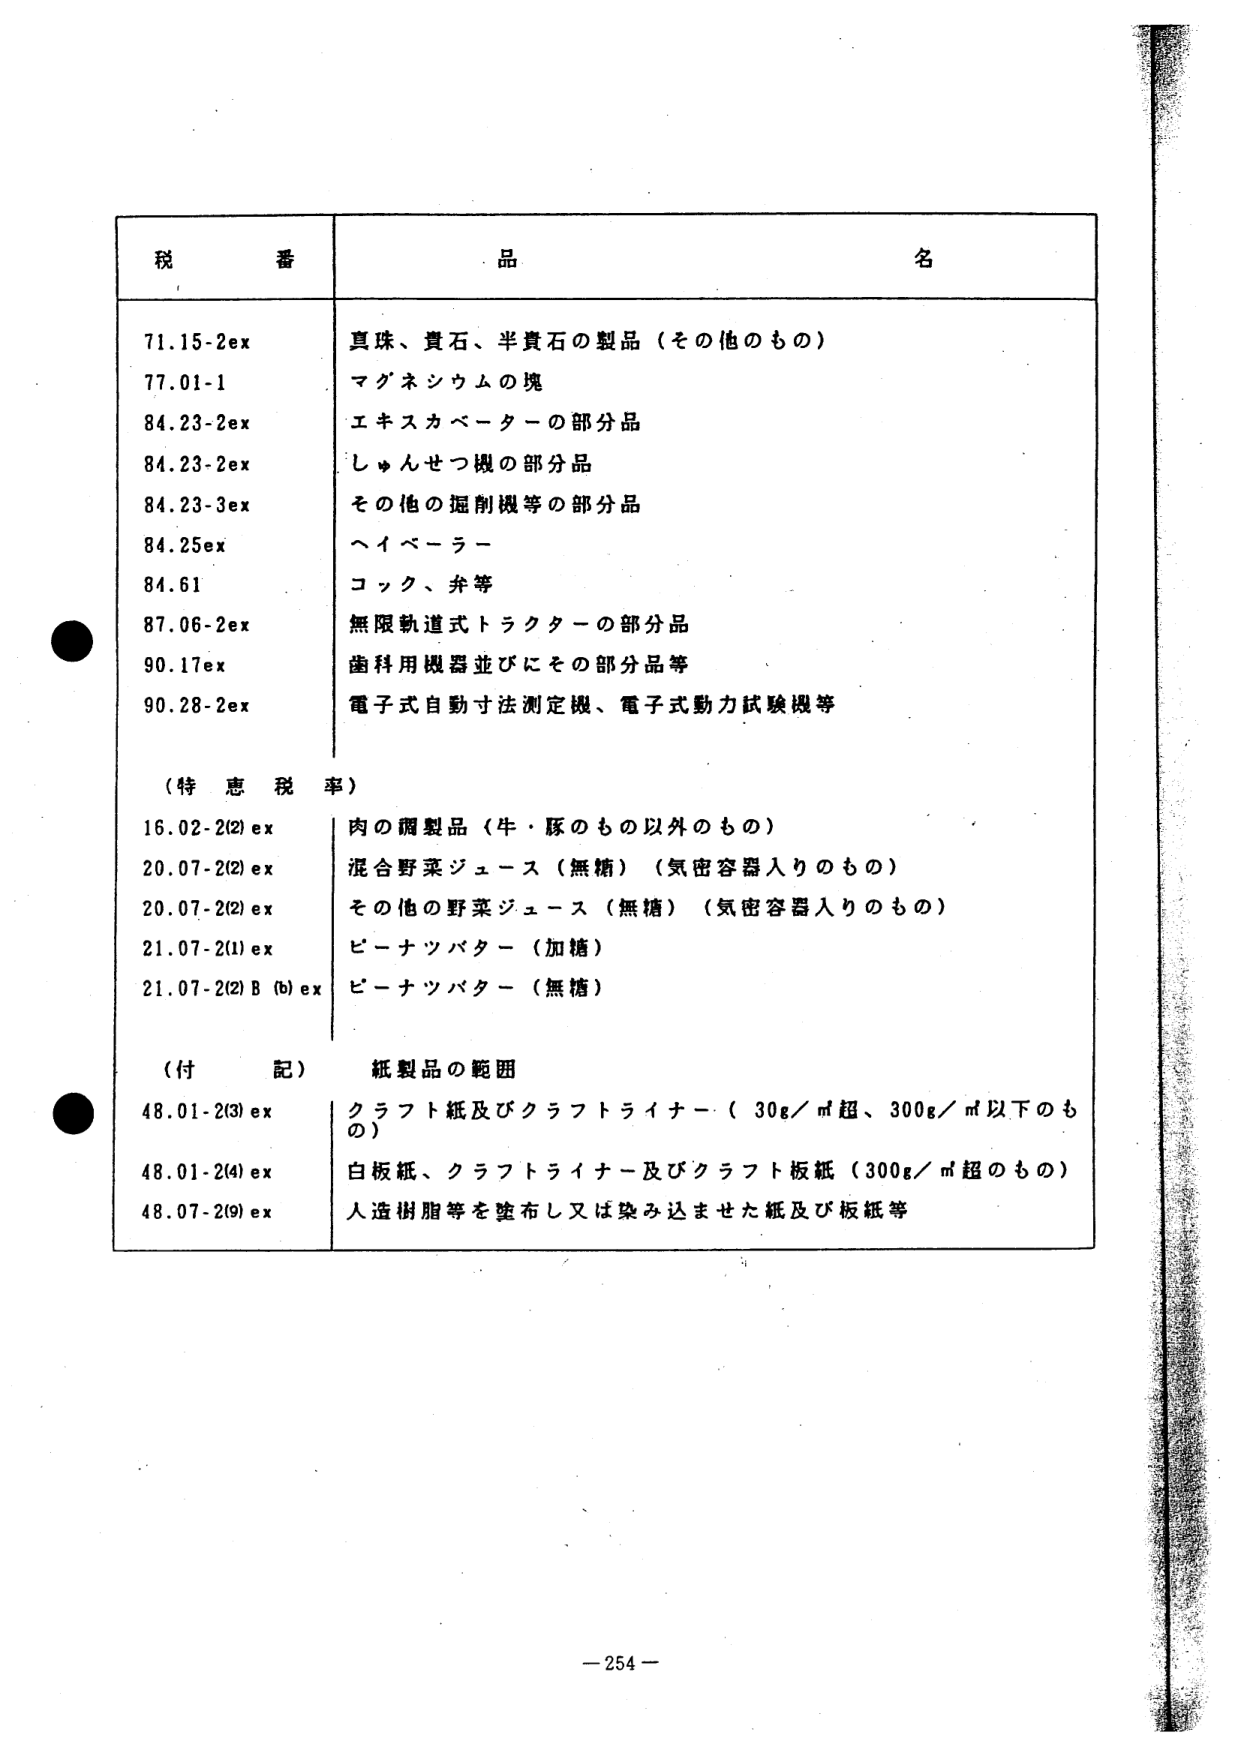
税 番 品 名
71.15-2ex 真珠、貴石、半貴石の製品（その他のもの）
77.01-1 マグネシウムの塊
84.23-2ex エキスカベーターの部分品
84.23-2ex しゅんせつ機の部分品
84.23-3ex その他の掘削機等の部分品
84.25ex ヘイベーラー
84.61 コック、弁等
87.06-2ex 無限軌道式トラクターの部分品
90.17ex 歯科用機器並びにその部分品等
90.28-2ex 電子式自動寸法測定機、電子式動力試験機等

（特 恵 税 率）
16.02-2(2)ex 肉の調製品（牛・豚のもの以外のもの）
20.07-2(2)ex 混合野菜ジュース（無糖）（気密容器入りのもの）
20.07-2(2)ex その他の野菜ジュース（無糖）（気密容器入りのもの）
21.07-2(1)ex ピーナツバター（加糖）
21.07-2(2)B (b)ex ピーナツバター（無糖）

（付 記） 紙製品の範囲
48.01-2(3)ex クラフト紙及びクラフトライナー（30g／㎡超、300g／㎡以下のもの）
48.01-2(4)ex 白板紙、クラフトライナー及びクラフト板紙（300g／㎡超のもの）
48.07-2(9)ex 人造樹脂等を塗布し又は染み込ませた紙及び板紙等

－254－